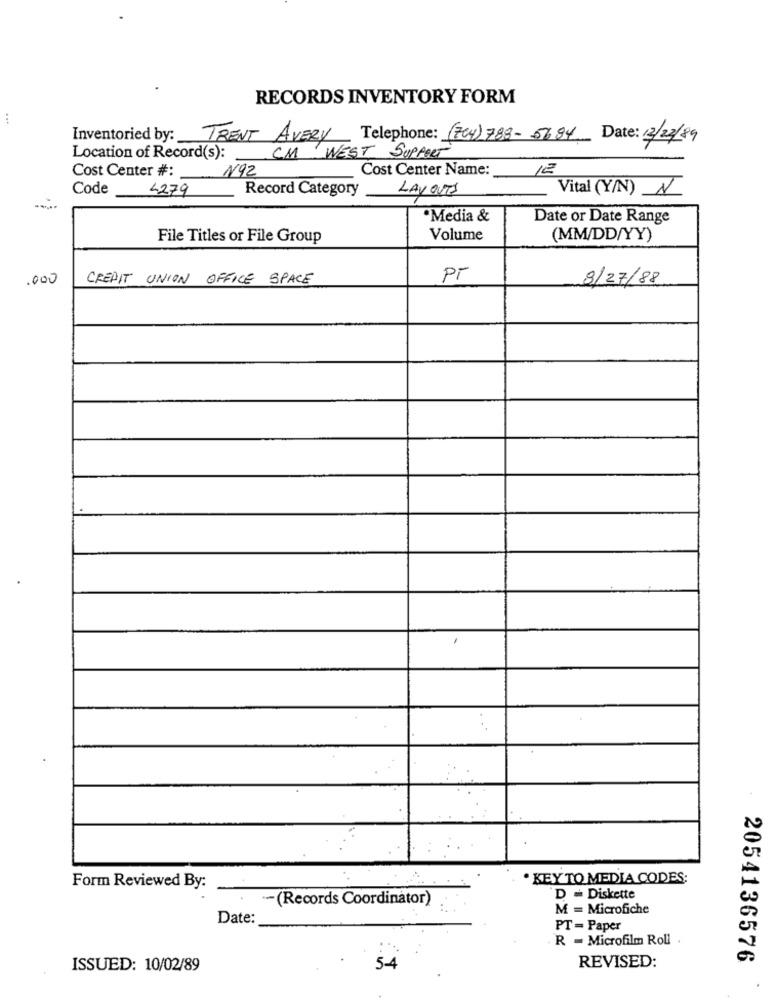
RECORDS INVENTORY FORM
:
Inventoried by:
TRENT AVERY Telephone: (704) 788-5684 Date: 12/22/89
CM WEST SUPPORT
Location of Record(s):
Cost Center Name:
12
Cost Center #: N92
Code
4279
Record Category
LAYOUTS
Vital (Y/N) N
·Media &
Date or Date Range
File Titles or File Group
Volume
(MM/DD/YY)
.000
CREDIT UNION OFFICE SPACE
PT
8/27/88
· KEY TO MEDIA CODES:
Form Reviewed By:
-(Records Coordinator)
D = Diskette
M = Microfiche
Date:
PT = Paper
R = Microfilm Roll .
2054136576
ISSUED: 10/02/89
5-4
REVISED: